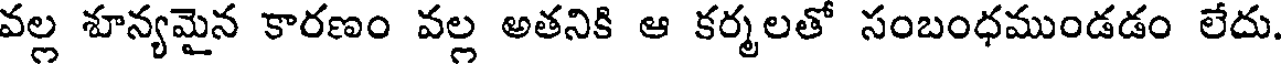
వల్ల శూన్యమైన కారణం వల్ల అతనికి ఆ కర్మలతో సంబంధముండడం లేదు.